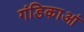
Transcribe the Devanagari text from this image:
गंडिकाआं